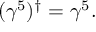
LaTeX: ( \gamma ^ { 5 } ) ^ { \dagger } = \gamma ^ { 5 } .